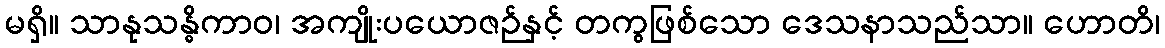
မရှိ။ သာနုသန္ဓိကာဝ၊ အကျိုးပယောဇဉ်နှင့် တကွဖြစ်သော ဒေသနာသည်သာ။ ဟောတိ၊